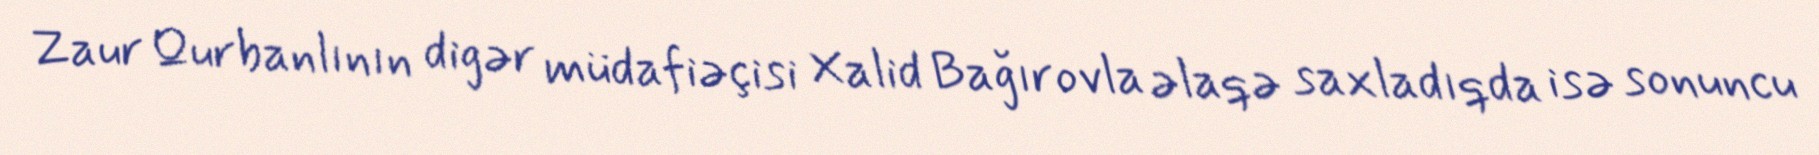
Zaur Qurbanlının digər müdafiəçisi Xalid Bağırovla əlaqə saxladıqda isə sonuncu